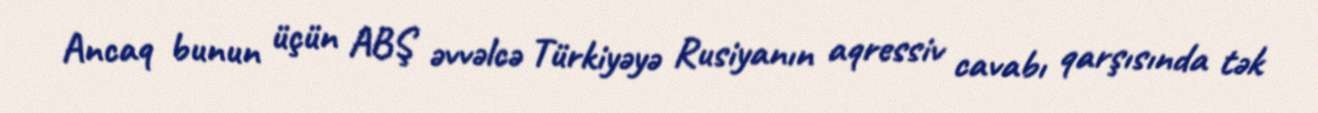
Ancaq bunun üçün ABŞ əvvəlcə Türkiyəyə Rusiyanın aqressiv cavabı qarşısında tək